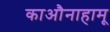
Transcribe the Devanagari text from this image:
काऔनाहामू